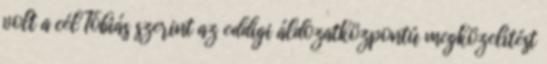
volt a cél Tóbiás szerint az eddigi áldozatközpontú megközelítést